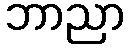
ဘာညာ